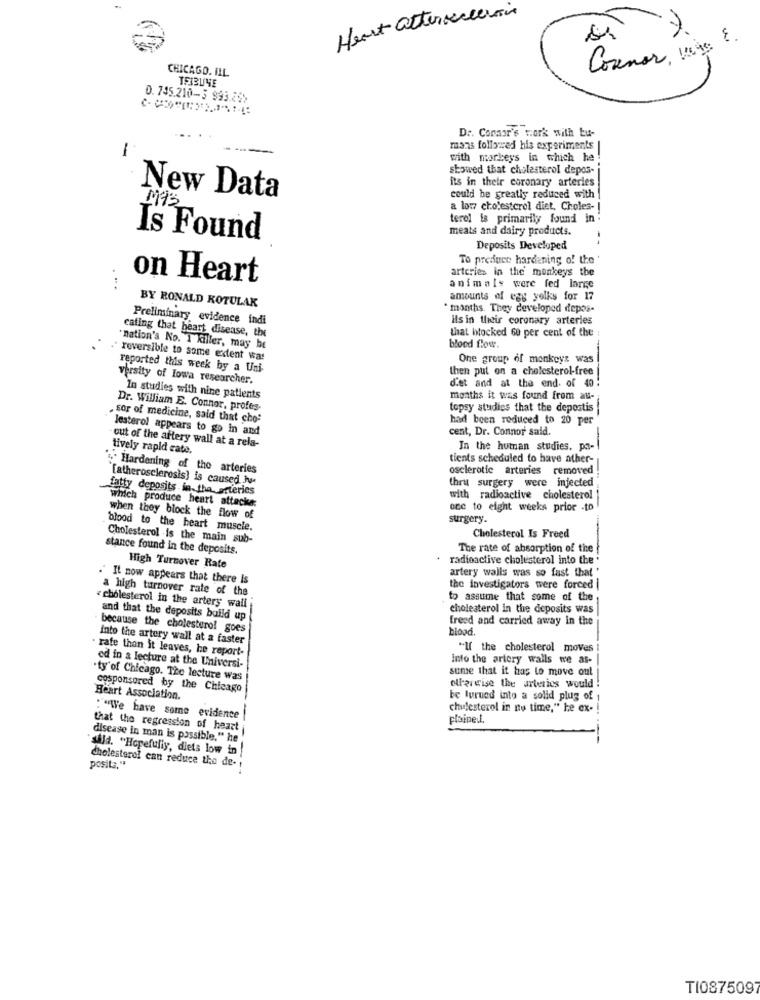
Hert attersclerosis
Connor, wing ?.
CHICAGO. ILL
3h/12131
D. 745.210-3 993.25>
Dr. Conaor's work with tu-
mans followed his experiments
-
with marleys in which he
showed that cholesterol depos-
its in their coronary arteries
New Data
could be greatly reduced with
M12
a low cholesterol diet, Choles- !
terel is primarily found in.
meats and dairy products.
Is Found
Deposits Developed
To preduce hardening of the
arteries in the monkeys the
on Heart
animals were fed large
BY RONALD ROTULAK
amounts of egg yolks for 17
* months. They developed depos-
Preliminary evidence indi
Ils in their coronary arteries
cating that heart disease, the
that blocked 60 per cent of the
"nation's No. 1 killer, may be
blood flow.
." reversible to some extent wa!
One group of monkeys was
reported this week by a Uni-
then put on a cholesterol-free
versity of Iowa researcher.
d'et and at the end. of 40
In studies with nine patients
months it was found from au-
Dr. William E. Connor, profes-
topsy studies that the depostis
sor of medicine, said that cho-
had been reduced to 20 per
lesterol appears to go in and
cent, Dr. Connor said.
tively rapid cate.
out of the artery wall at a rela-
In the human studies. pa-
tients scheduled to have ather-
& Hardening of the arteries
osclerotic arteries removed
"[atherosclerosis] is caused je
thru surgery were injected
fatty deposits in the arteries
with radioactive cholesterol
Which produce heart attacks:
oce to eight weeks prior -to
when they block the flow of
surgery.
blood to the heart muscle.
Cholesterol .is the main sub-
Cholesterol Is Freed
stance found in the deposits.
The rate of absorption of the
radioactive cholesterol into the
High Turnover Rate
artery walls was so fast that'
. It now appears that there Is
a high turnover rate of the
the investigators were forced |
to assume that some of the
cholesterol in the arters wall
cholesterol in the deposits was
and that the deposits build up
freed and carried away in the
because the cholesterol goes
blogd.
Into the artery wall at a faster
rafe than it leaves, he report-
"If the cholesterol moves !
Into the artery walls we as-
ed in a lecture at the Universi-
sume that it has to move out
ty'of Chicago. The lecture was
cosponsored by the Chicago
ollareise the arteries would !
Heart Association.
be turned into a solid plug of
chulesterol in no time," he ex-
"""We have some evidence
plaine.l.
that the regression of heart
disease in man is possible." he
said. "Hopefully, diets low in!
cholesterol can reduce the de-
posita."
TI087509